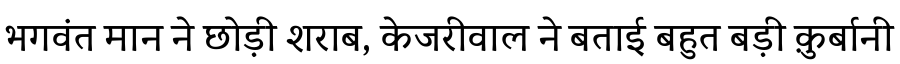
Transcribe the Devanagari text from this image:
भगवंत मान ने छोड़ी शराब, केजरीवाल ने बताई बहुत बड़ी क़ुर्बानी